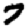
Digit: 7